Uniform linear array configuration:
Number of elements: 32
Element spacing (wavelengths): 0.25
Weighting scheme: uniform
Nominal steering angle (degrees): -60
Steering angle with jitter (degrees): -60.841
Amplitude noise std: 0.05
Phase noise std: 0.05

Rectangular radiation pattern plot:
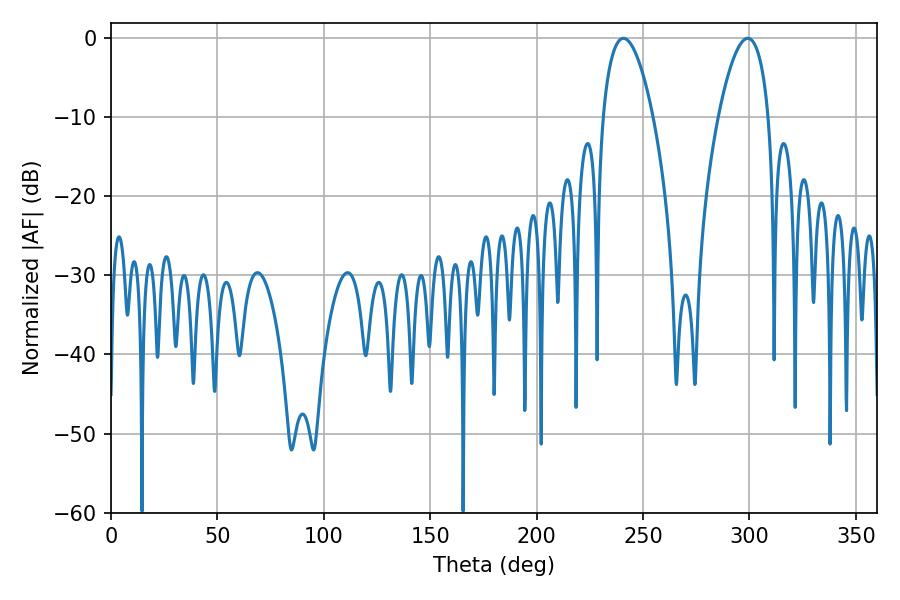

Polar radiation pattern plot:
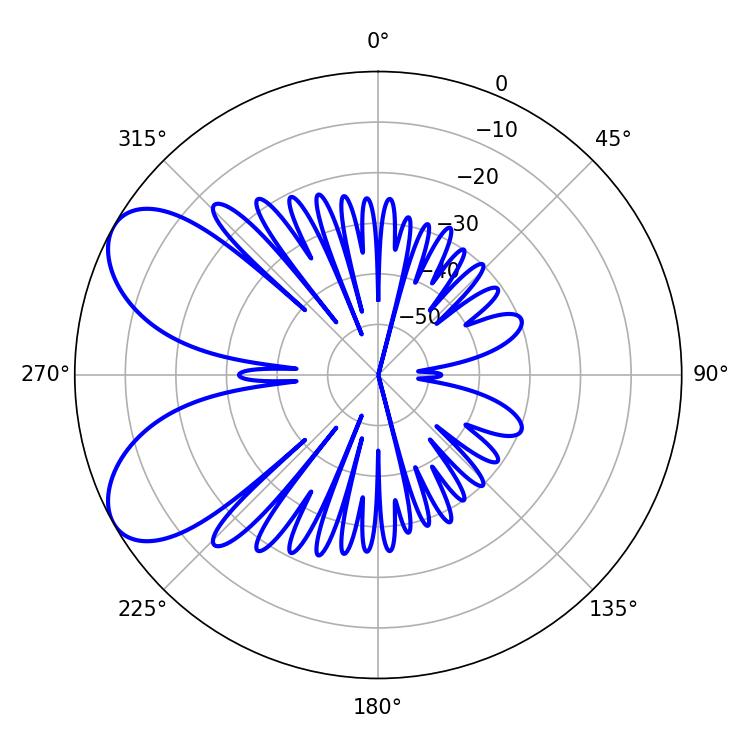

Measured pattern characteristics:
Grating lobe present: FALSE
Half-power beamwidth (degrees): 13.14
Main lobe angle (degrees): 240.84